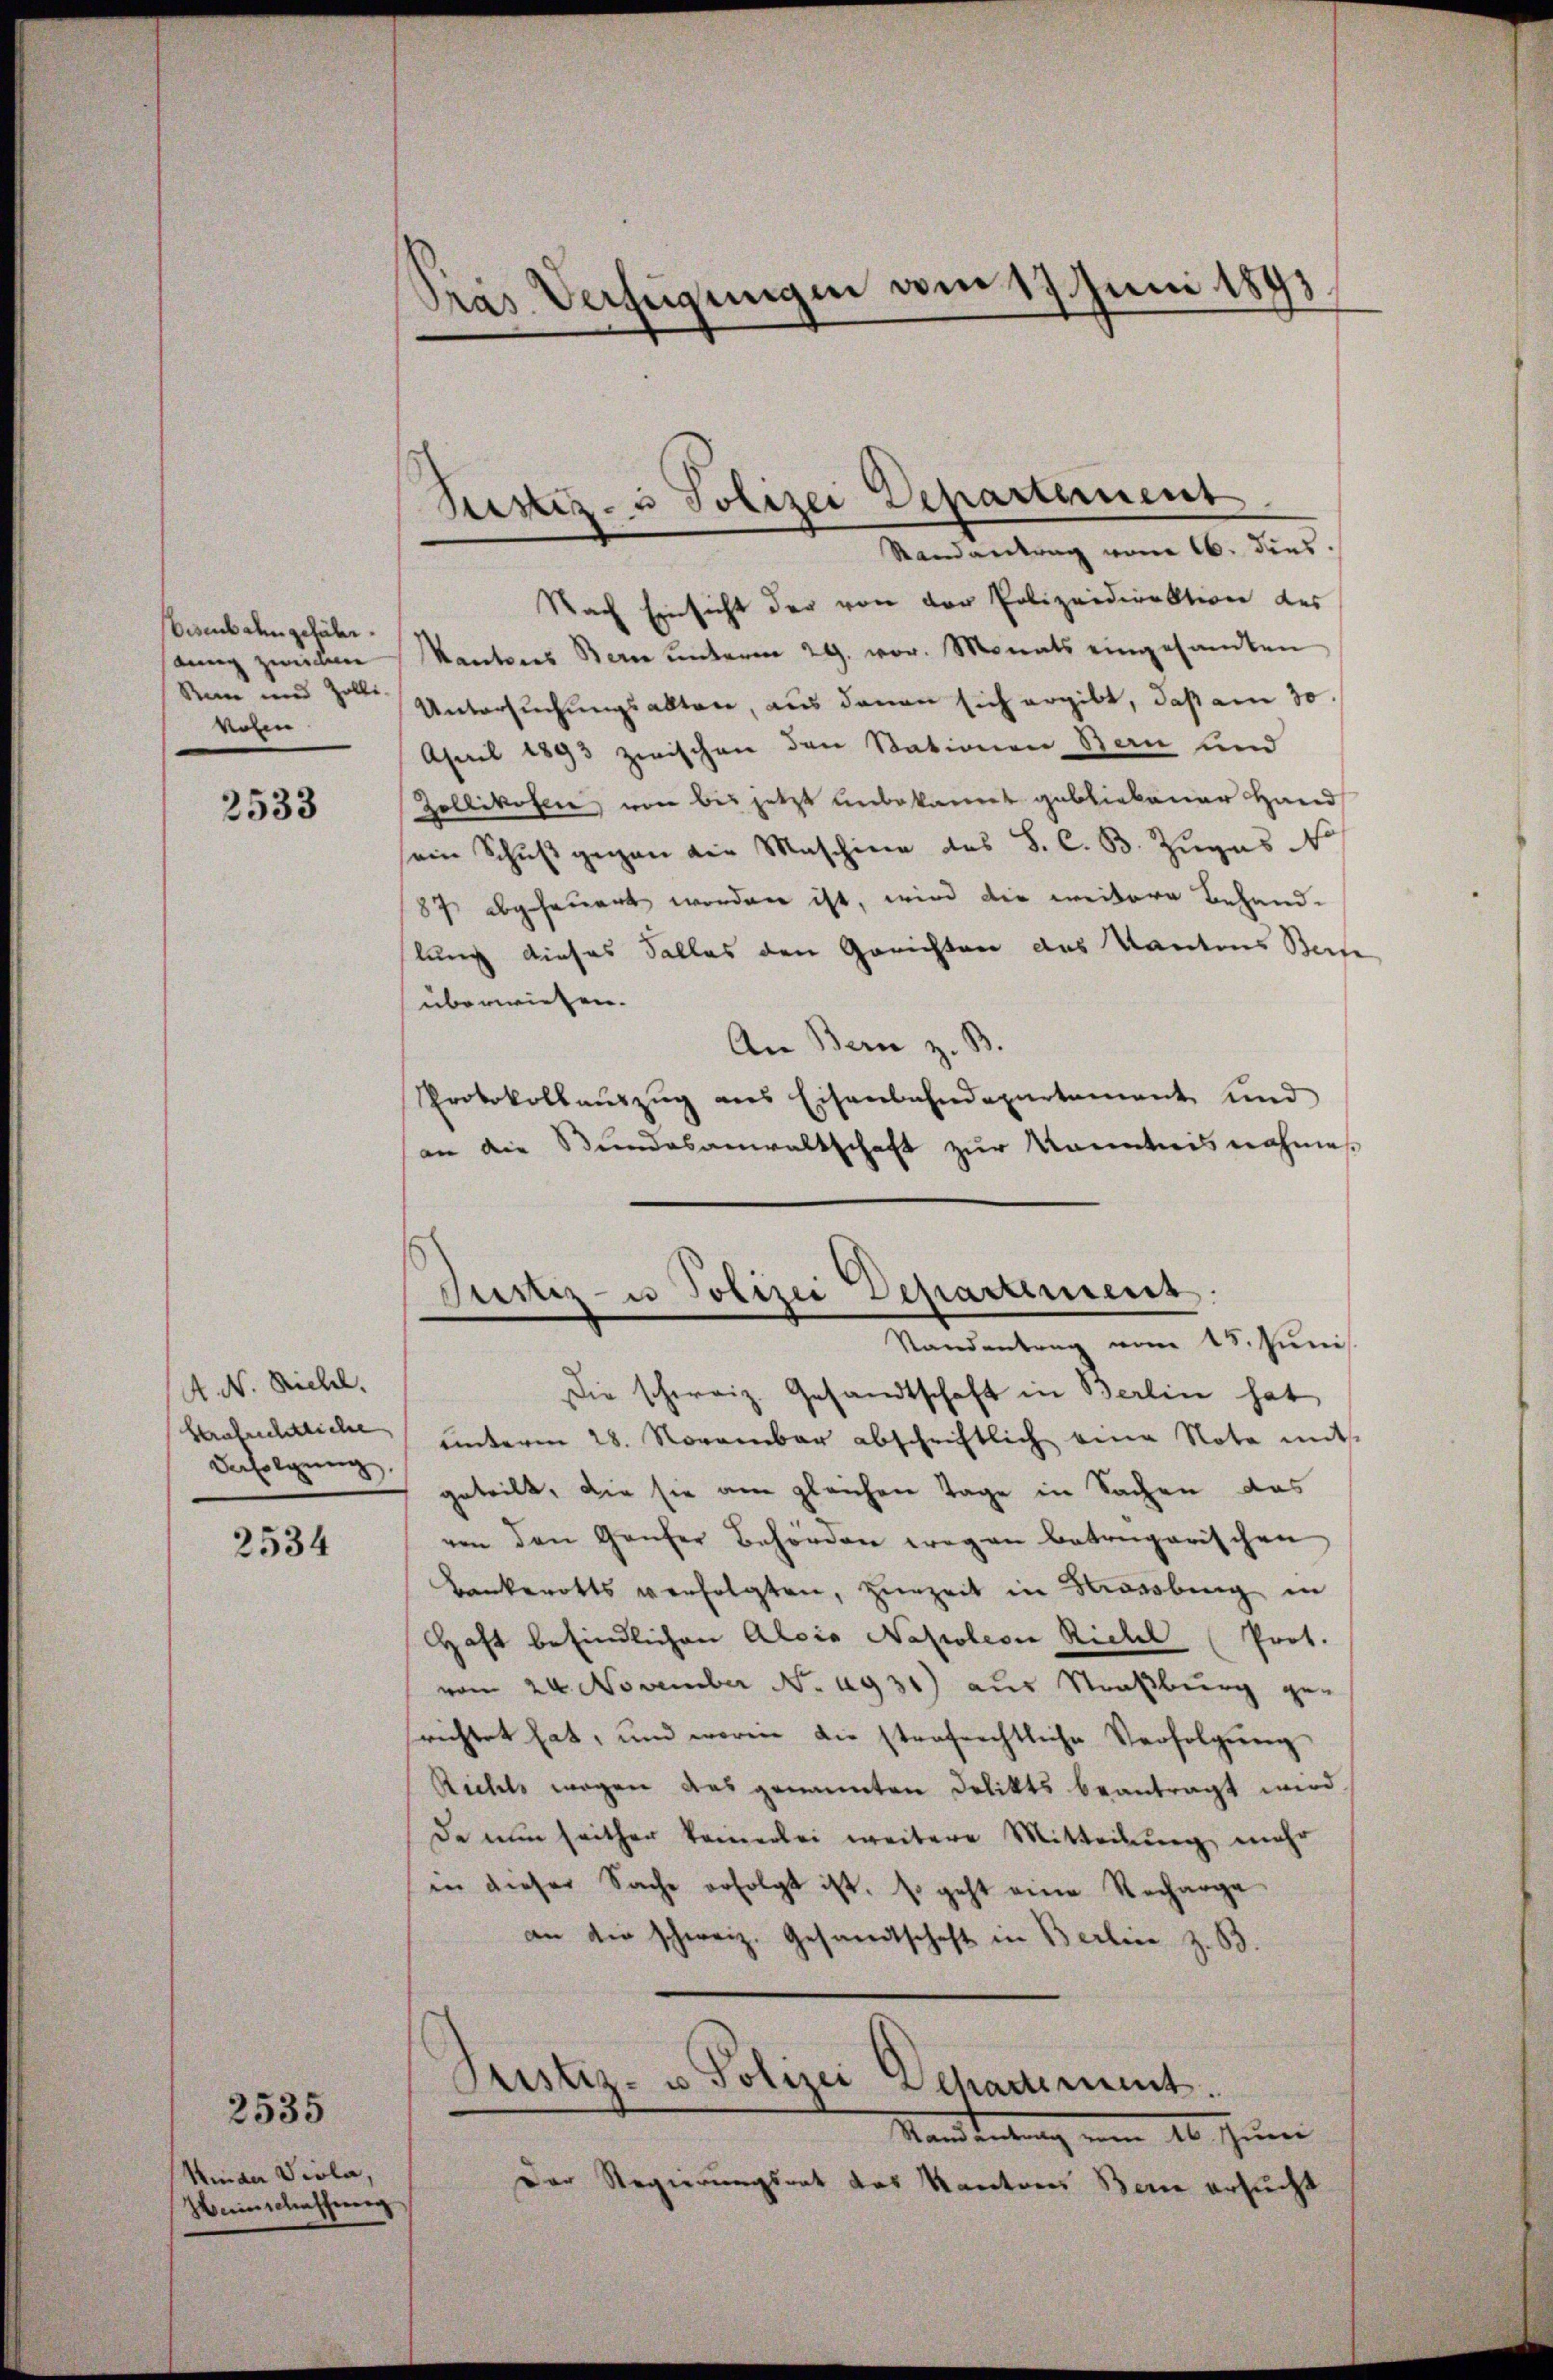
Eisenbahn gefähr.
dung zwischen
Reine und Zolli-
volen

2533

A. N. Riehel.
Strafrichtliche
Befolgung,

2534

Kinder Viola,
Heinschaffung

2535

Pras Verfügungen vom 17. Juni 1891

Justiz- u Polizei Departement

Justiz- u Polizei Departement.
Standentrag vom 15. Juni

Randantrag vom 16. dies
Nach Einsicht der von der Polizeidirektion des
Kantons Bern ŭnterm 29. vor. Monats eingesandten
Untersuchungsalten, aus denen sich ergibt, daß am 30.
April 1893 zwischen den Stationen Bau und
Zollikofer von bei jetzt unbekannt gebliebener Hand
sein Schŭβ gegen die Maschinen des S. C. B. Zuges N
87 abgeheuert werden ist, wird die weitere Behandlung dieses Falles den Gerichten des Kantons Beite
überwiesen.
An Bern z. B.
Protokollauszug aus Eisenbahndepartement und
an die Bundesanwaltschaft zur Kenntnis nahme
Die schweiz. Gesandtschaft in Berlin hat
unterm 28. November abschriftlich eine Nota mit
geteilt, die sie am gleichen Tage in Sachen das
von den Ganzer Behörden wegen betrügerischen
Bankerotts verfolgten, Herzeit in Bewerbung in
HHaft befindlichen Alois Napolesie Richel (Prot.
vom 24. November No. 1931) aus Straßburg ge-
srichtet hat, und worin die strafrechtliche Verfolgung
Richels mögen das genannten Delikts beantragt wird
Da nun seither keinerlei weitere Mitteilung mehr
in dieser Sache erfolgt ist, so geht eine Recharge-
an die schweiz. Gesandtschaft in Berlin z. B
Justiz- u. Polizei Departement.
Mandantung vom 10. Juni
Der Regierungsrat des Kantons Bern ersucht